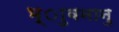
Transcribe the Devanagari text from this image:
भ्ाुवनानु